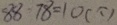
8 8 - 7 8 = 1 0 ( 个 )